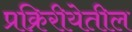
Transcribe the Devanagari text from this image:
प्रक्रिरीयेतील